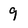
Character: 9